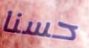
حسنا